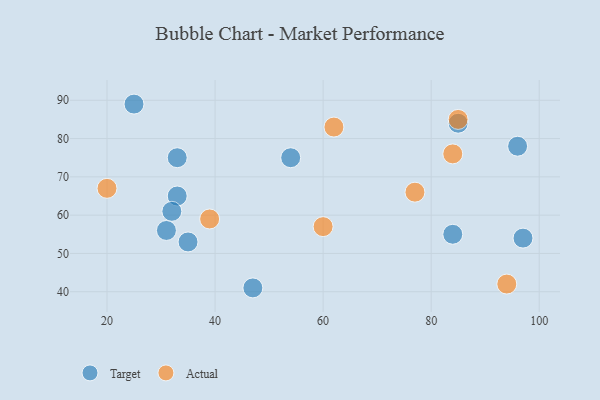
{"axis": {"x": "GDP", "y": "Life Expectancy"}, "legend": ["Actual", "Target"], "data": [{"x": "33", "y": 75, "type": "Target"}, {"x": "31", "y": 56, "type": "Target"}, {"x": "54", "y": 75, "type": "Target"}, {"x": "35", "y": 53, "type": "Target"}, {"x": "85", "y": 84, "type": "Target"}, {"x": "96", "y": 78, "type": "Target"}, {"x": "25", "y": 89, "type": "Target"}, {"x": "33", "y": 65, "type": "Target"}, {"x": "84", "y": 55, "type": "Target"}, {"x": "97", "y": 54, "type": "Target"}, {"x": "32", "y": 61, "type": "Target"}, {"x": "47", "y": 41, "type": "Target"}, {"x": "84", "y": 76, "type": "Actual"}, {"x": "39", "y": 59, "type": "Actual"}, {"x": "20", "y": 67, "type": "Actual"}, {"x": "60", "y": 57, "type": "Actual"}, {"x": "77", "y": 66, "type": "Actual"}, {"x": "85", "y": 85, "type": "Actual"}, {"x": "94", "y": 42, "type": "Actual"}, {"x": "62", "y": 83, "type": "Actual"}]}